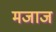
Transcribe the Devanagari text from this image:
मजाज